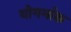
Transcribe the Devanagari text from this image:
योगर्माक